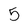
Character: 5